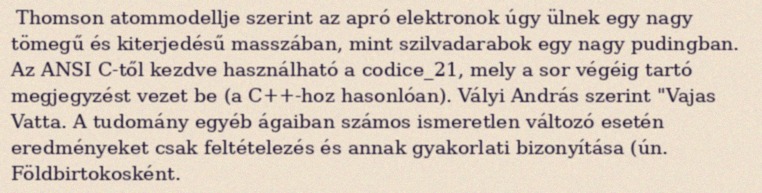
Thomson atommodellje szerint az apró elektronok úgy ülnek egy nagy tömegű és kiterjedésű masszában, mint szilvadarabok egy nagy pudingban. Az ANSI C-től kezdve használható a codice_21, mely a sor végéig tartó megjegyzést vezet be (a C++-hoz hasonlóan). Vályi András szerint "Vajas Vatta. A tudomány egyéb ágaiban számos ismeretlen változó esetén eredményeket csak feltételezés és annak gyakorlati bizonyítása (ún. Földbirtokosként.